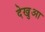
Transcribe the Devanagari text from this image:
देखुआ